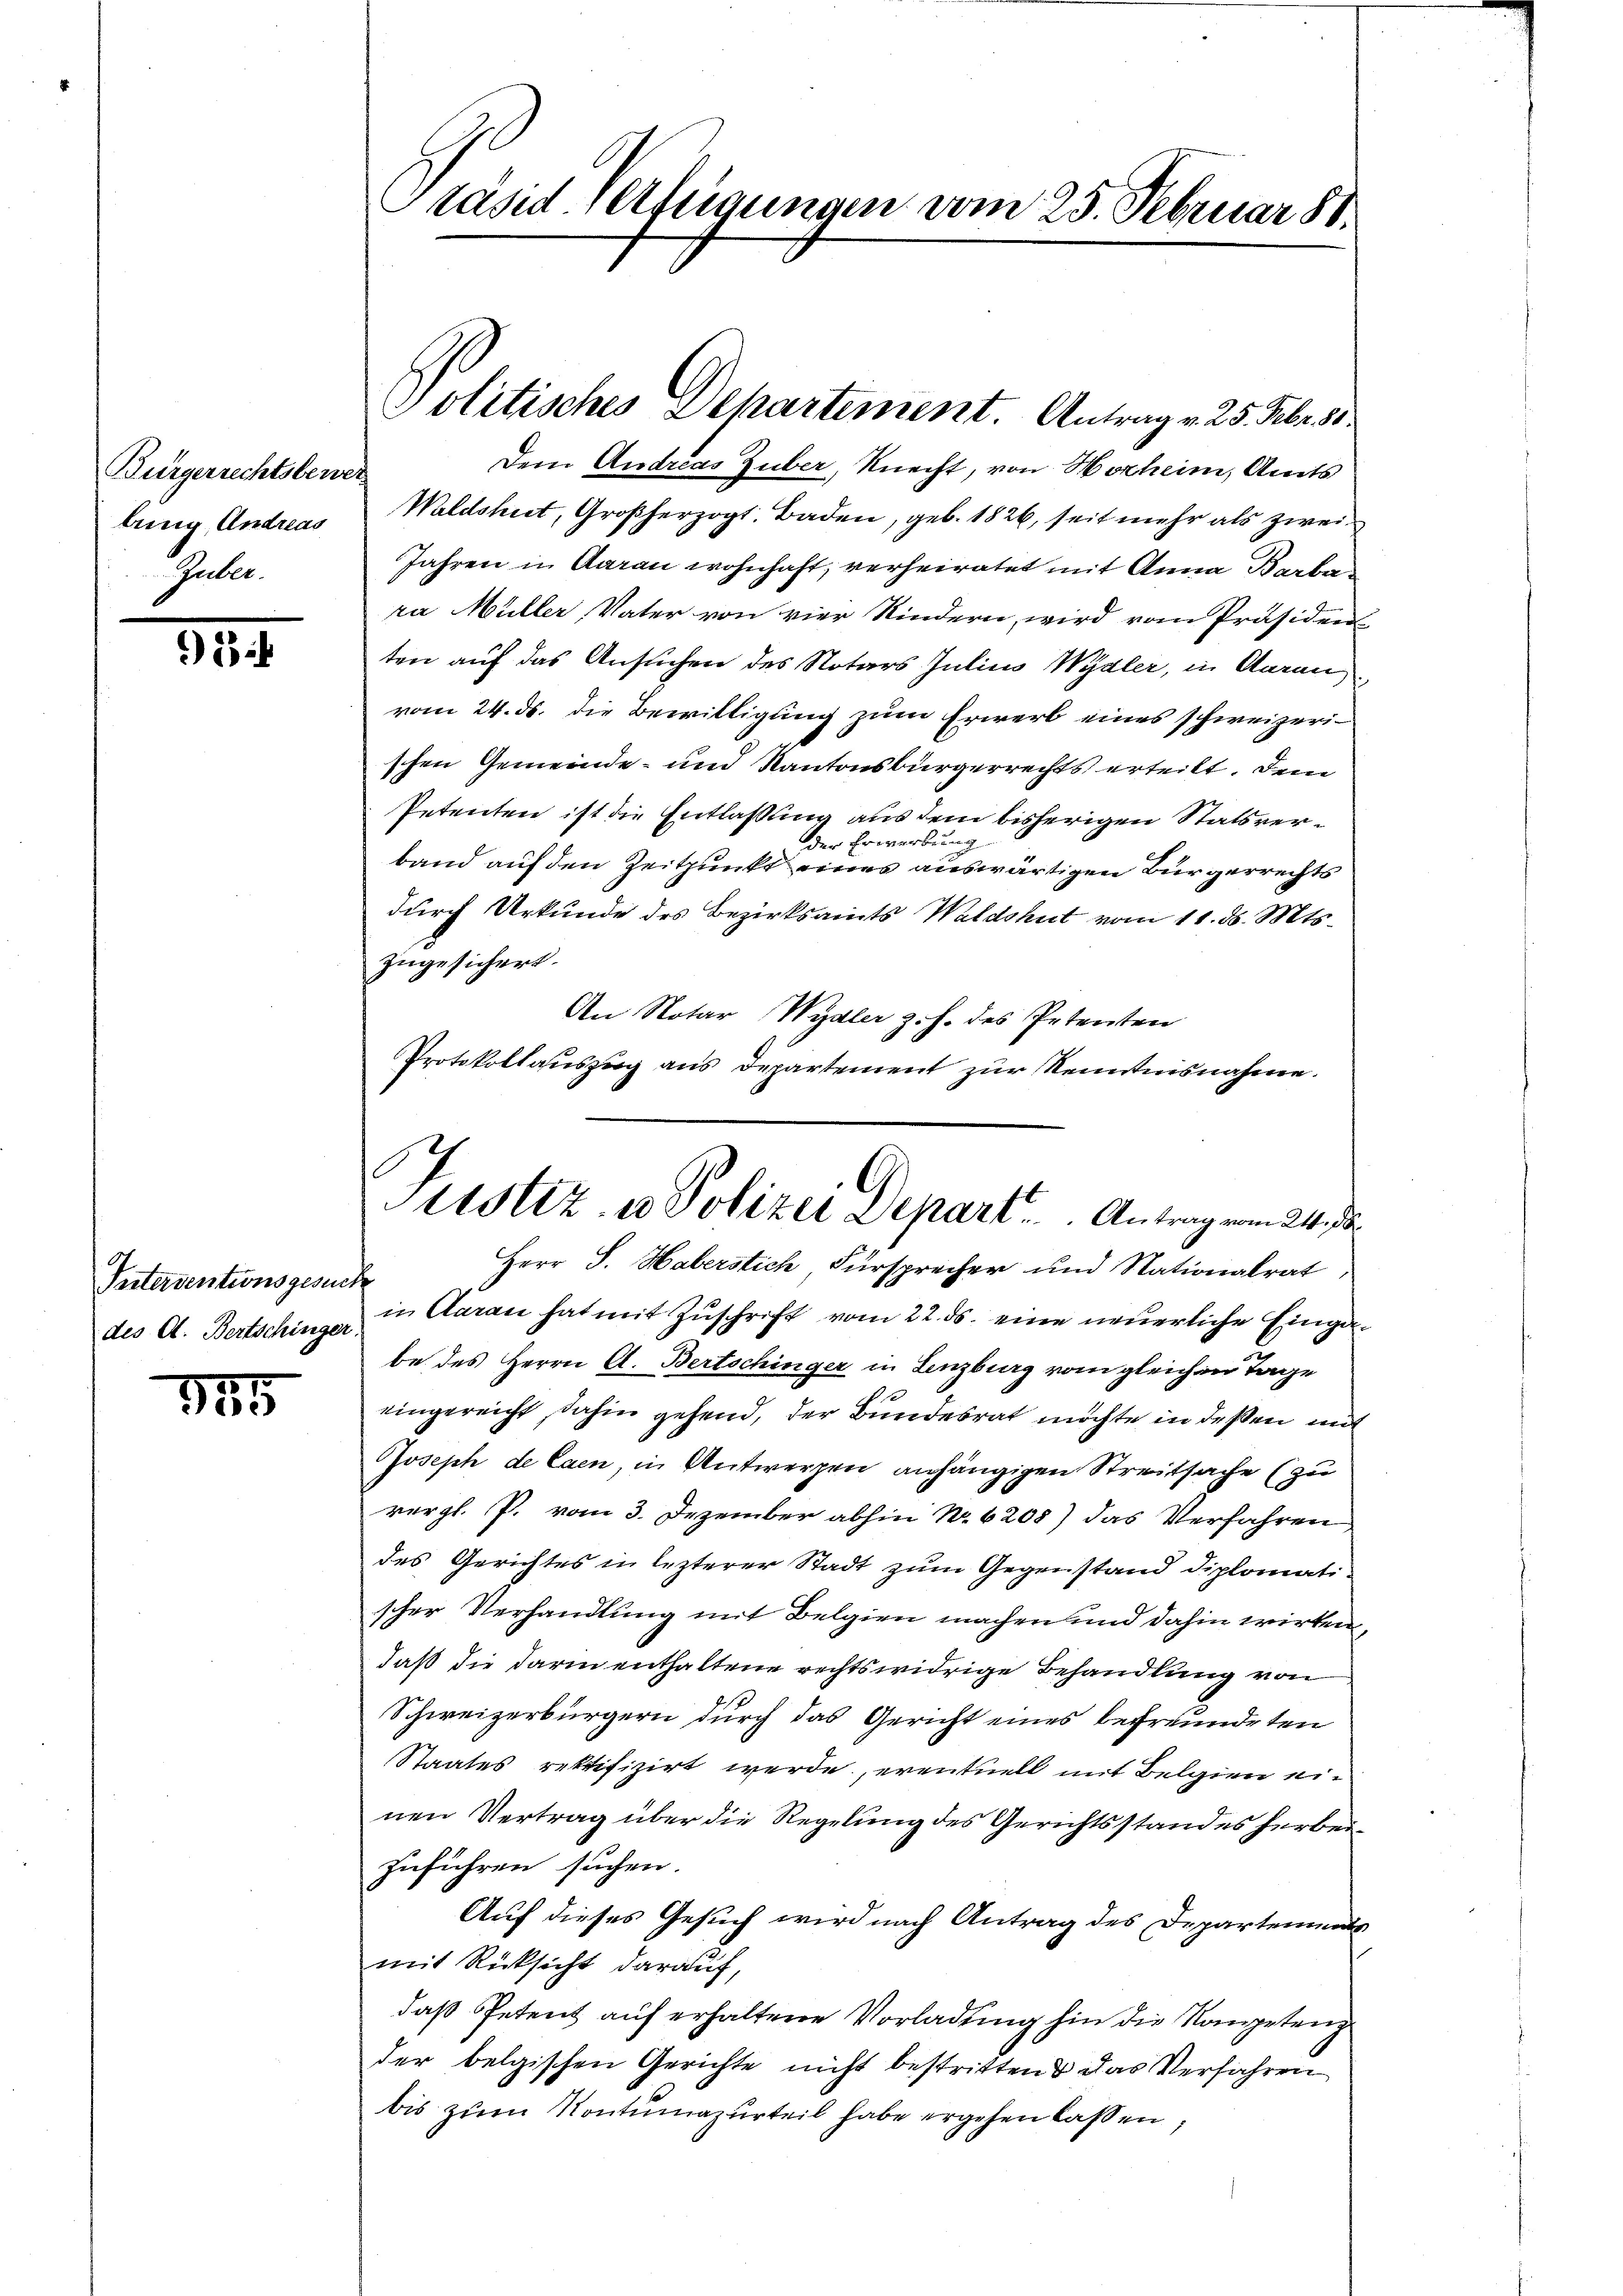
Bürgerrechtsbewer
bung, Andreas
Gule.

)

Interventionsgesuche
des A. Bertschinger

145

Präsiderfügungen vom 25. Februar 88.

Dem Andreas Zuber, Knecht, von Horheim, Amts
Waldshut, Großherzogt. Baden, geb. 1826, seit mehr als zwei
Jahren in Aarau wohnhaft, verheiratet mit Anna Barbara Müller Vater von vier Kindern, wird vom Präsiden
ten auf das Ansuchen des Notars Julius Wydler, in Aarau
vom 24. ds. die Bewilligung zum Erwerb eines schweizerischen Gemeinde- und Kantonsbürgerrechts erteilt. Dem
Petenten ist die Entlaßung aus dem bisherigen Statsverder Erwerbung.
band auf den Zeitpunkt eines auswärtigen Bürgerrechts
durch Urkunde des Bezirksamts Waldshut vom 11. ds. Mts.
zugesichert.
An Notar Wydler Joh. des Petenten
Protokollauszug aus Departement zur Kenntnisnahme.

Politisches Departement. Antrag v. 25. Febers

Herr S. Haberstich Fürsprecher und Nationalrat
in Garan hat mit Zuschrift vom 22. ds. eine neuerliche Eingabe des Herrn A. Bertschinger in Lenzburg vom gleichen Tage
h
eingereicht, dahin gehend, der Bundesrat möchte in deßen mit
Joseph, de Caen in Antwerzen anhängigen Streitsache (zu
vergl. P. vom 3. Dezember abhin No 6205) das Verfahren
des Gerichtes in lezterer Stadt zum Gegenstand diplomatischer Verhandlung mit Belgien machen und dahin wirken,
daß die darin enthaltene rechtswidrige Behandlung von
Schweizerbürgern durch das Gericht eines befreundeten
Staates rektifizirt werde, eventuell mit Belgien einen Vertrag über die Regelung des Gerichtsstandes herbeizuführen suchen.
Auf dieses Gesuch wird nach Antrag des Departements
mit Rücksicht darauf,
daß Petent auf erhaltene Vorladung hin die Kompetenz
der belgischen Gerichte nicht bestritten & das Verfahren
bis zum Kontumazurteil habe ergehen lassen;

lustiz, es Polizei Depart . . . .  Antrag vom 24sten